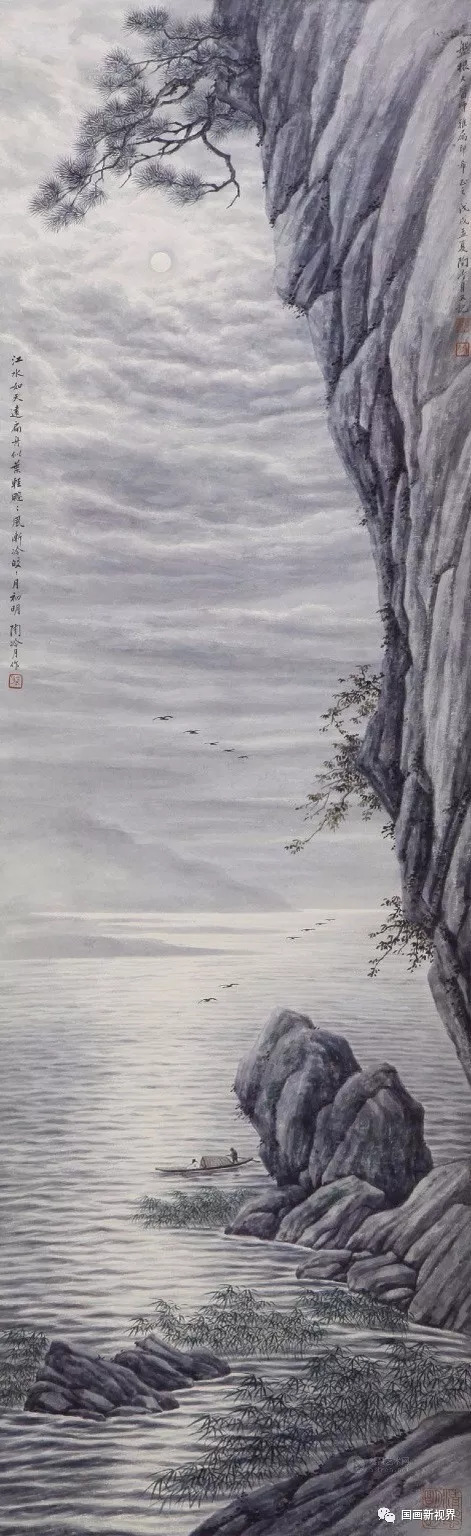
吹到一片秋香，清辉了如雪。